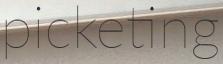
picketing